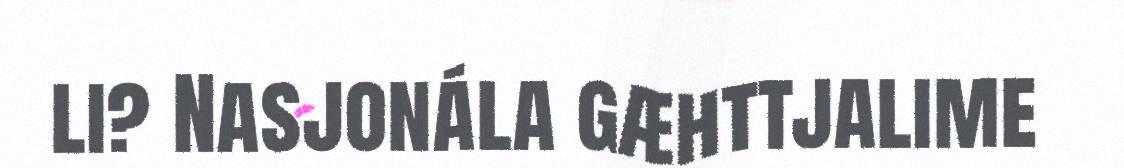
li? Nasjonála gæhttjalime